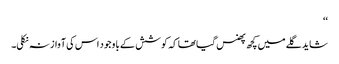
‘‘
شاید گلے میں کچھ پھنس گیا تھا کہ کوشش کے با وجود اس کی آواز نہ نکلی۔